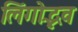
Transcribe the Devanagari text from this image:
लिंगोद्भव